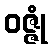
ဝဇ္ဇုံ